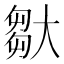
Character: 𡙦